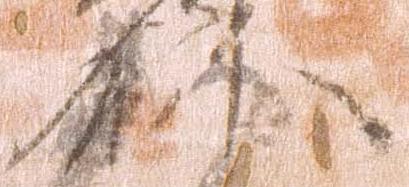
祢